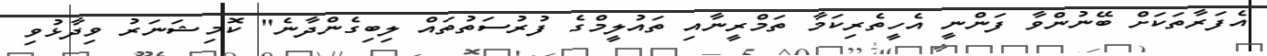
އެފަރާތަކަށް ބޭނުންވާ ފަންނީ އެހީތެރިކަމާ ތަމްރީނާއިި ތައުލީމްގެ ފުރުސަތުތައް ލިބިގެންދާނެ" ކޮމިޝަނަރު ވިދާޅުވި